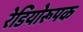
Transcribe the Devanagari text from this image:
रेडियोरूपक